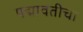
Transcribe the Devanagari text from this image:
पद्मावतीचा